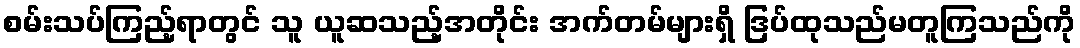
စမ်းသပ်ကြည့်ရာတွင် သူ ယူဆသည့်အတိုင်း အက်တမ်များရှိ ဒြပ်ထုသည်မတူကြသည်ကို